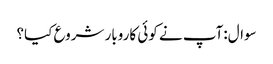
سوال:آپ نے کوئی کاروبار شروع کیا؟